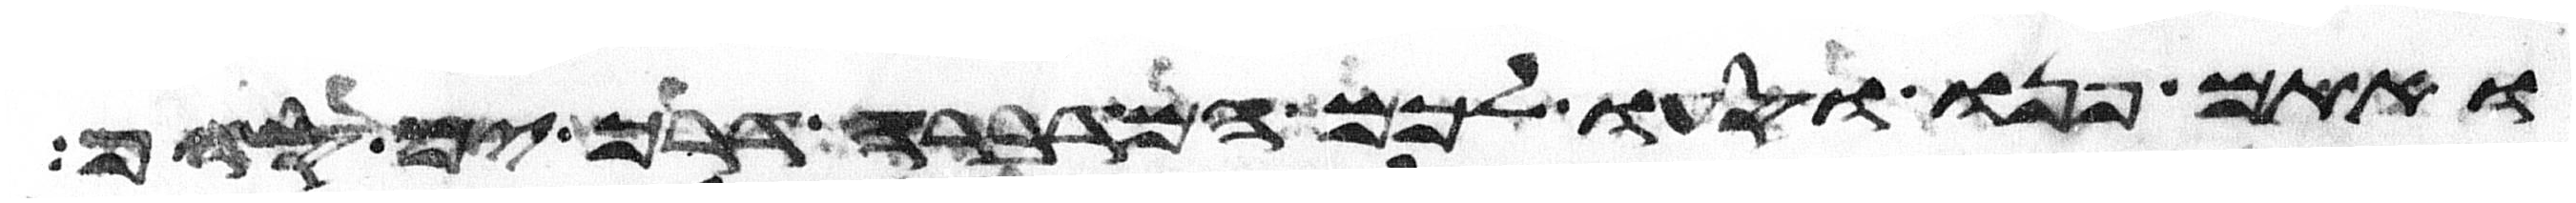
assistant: ואתם פנו וסעו לכם המדברה דרך ים סוף